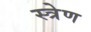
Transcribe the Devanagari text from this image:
स्त्रेण